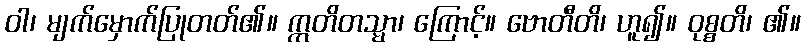
ဝါ၊ မျက်မှောက်ပြုတတ်၏။ ဣတိတသ္မာ၊ ကြောင့်။ ဗောတီတိ၊ ဟူ၍။ ဝုစ္စတိ၊ ၏။